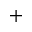
^ +